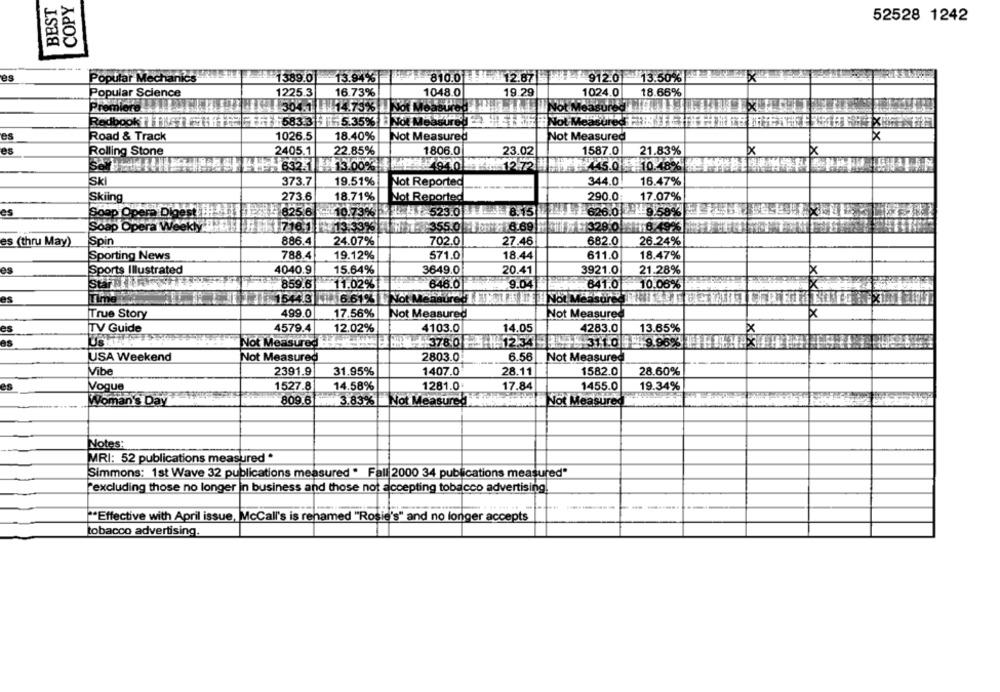
COPY
BEST
52528 1242
es
Popular Mechanics
1389.01
13.94%
810.0 1 / 12.67
912.0 13.50%
Popular Science
1225.3
16.73%
1048.0
19.29
1024.0
18.66%
Premiere
304.111 14.73%
Sof N
RedbookTFju
1583:3 1-5.35% NOR MESSURE
Jot Meas
es
Road & Track
1026.5
18.40%
Not Measured
Not Measured
es
Rolling Stone
2405.1
22.85%
1806.0
23.02
1587.0
21.83%
4940
12.72
832- 13.00%
445.0 10.18%
Skl
373.7
19.51%
Not Reported
344.0
16.47%
Skiing
273.6
18.71%
Not Reported
290.0:
17.07%
es
Soap Op
Digestifh-d
825.6
10.73%
LH1-523.0 8.15
8.15
626.0 4- 9.58%
Soap O
Weekly
17167
17355.0
6.69
328.0!
#13.33%
es (thru May)
Spin
886.4
24.07%
702.0
27.46
682.0
26.24%
Sporting News
788.4
19.12%
571.0
18.44
611.0
18.47%
es
Sports Illustrated
4040.9
15.64%
3649.0
20.41
3921.0
21.28%
Star TERE
11.02%
646.0
641.0
859.6
9.04
10.06%
Not Measure THE
es
Time
15443 6.61% Not MORALES
True Story
499.0
17.56%
Not Measured
Not Measured]
es
TV Guide
4579.4
12.02%
4103.0
14.05
4283.0
13.65%
US THAT
Not Measured :
M+ 378.0
HH: 12.34 JE 311.0 51 9 96% 11
USA Weekend
Not Measured
2803.0
6.56 Not Measured
Vibe
2391.9
31.95%
1407.0
28.11
1582.0
28.60%
es
Vogue
1527.8
14.58%
1281.0
17.84
1455.0
19.34%
Woman's Day
809.6
3,83%
Not Measured
No
Measured
Notes:
MRI: 52 publications measured *
Simmons: 1st Wave 32 publications measured * Fall 2000 34 publications measured"
Fexcluding those no longer in business and those not accepting tobacco advertising.
"Effective with April issue, McCall's is rehamed "Rosie's" and no longer accepts
tobacco advertising.